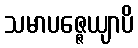
သမာပဇ္ဇေယျာပိ